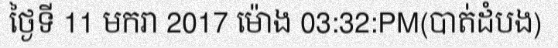
ថ្ងៃទី 11 មករា 2017 ម៉ោង 03:32:PM(បាត់ដំបង)